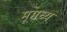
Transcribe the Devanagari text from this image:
मूमध्य